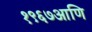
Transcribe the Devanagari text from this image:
१९६७आणि